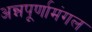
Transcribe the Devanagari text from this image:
अन्नपूर्णामंगल